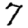
Digit: 7